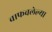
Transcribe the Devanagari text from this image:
वाफवलेल्या